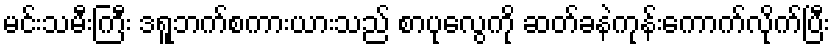
မင်းသမီးကြီး ဒရူဘက်စကားယားသည် စာပုလွေကို ဆတ်ခနဲကုန်းကောက်လိုက်ပြီး